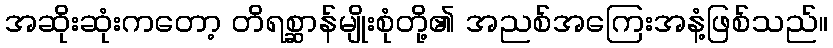
အဆိုးဆုံးကတော့ တိရစ္ဆာန်မျိုးစုံတို့၏ အညစ်အကြေးအနံ့ဖြစ်သည်။